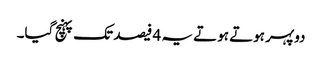
دوپہر ہوتے ہوتے یہ 4 فیصد تک پہنچ گیا۔